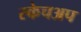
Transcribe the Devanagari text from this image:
स्केचअप